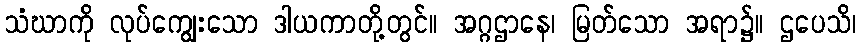
သံဃာကို လုပ်ကျွေးသော ဒါယကာတို့တွင်။ အဂ္ဂဌာနေ၊ မြတ်သော အရာ၌။ ဌပေသိ၊